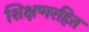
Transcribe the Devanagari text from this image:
शिक्षणरहित